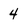
Character: 4